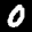
Label: 0